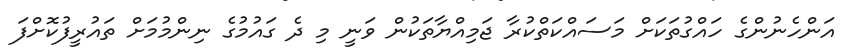
އަންހެނުންގެ ހައްގުތަކަށް މަސައްކަތްކުރާ ޖަމިއްޔާތަކުން ވަނީ މި ދެ ގައުމުގެ ނިންމުމަށް ތައުރީފުކޮށްފަ